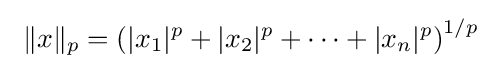
\ \|x\|_{p}=\left(|x_{1}|^{p}+|x_{2}|^{p}+\cdots +|x_{n}|^{p}\right)^{1/p}